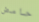
حامض